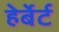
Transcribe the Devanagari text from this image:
हेर्बेर्ट